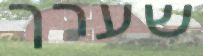
שערך